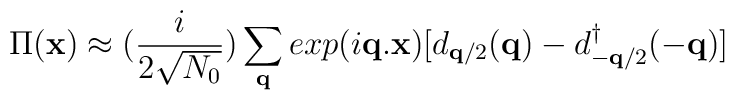
\Pi({\bf{x}}) \approx  (\frac{i}{2\sqrt{N_{0}}})\sum_{ {\bf{q}} }exp(i{\bf{q.x}})[d_{ {\bf{q}}/2 }({\bf{q}}) - d^{\dagger}_{ -{\bf{q}}/2 }(-{\bf{q}})]